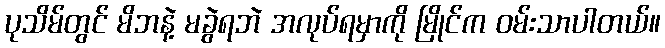
ပုသိမ်တွင် မိဘနဲ့ မခွဲရဘဲ အလုပ်ရမှာကို မြိုင်က ဝမ်းသာပါတယ်။